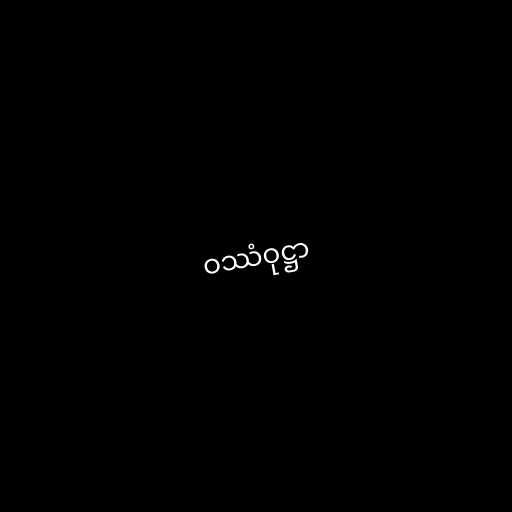
ဝဿံဝုဋ္ဌာ